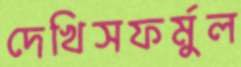
দেখিসফর্মুল